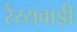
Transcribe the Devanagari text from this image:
रैय्यवाड़ी